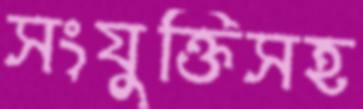
সংযুক্তিসহ